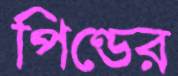
পিণ্ডের